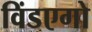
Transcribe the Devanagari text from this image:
विंडएगो